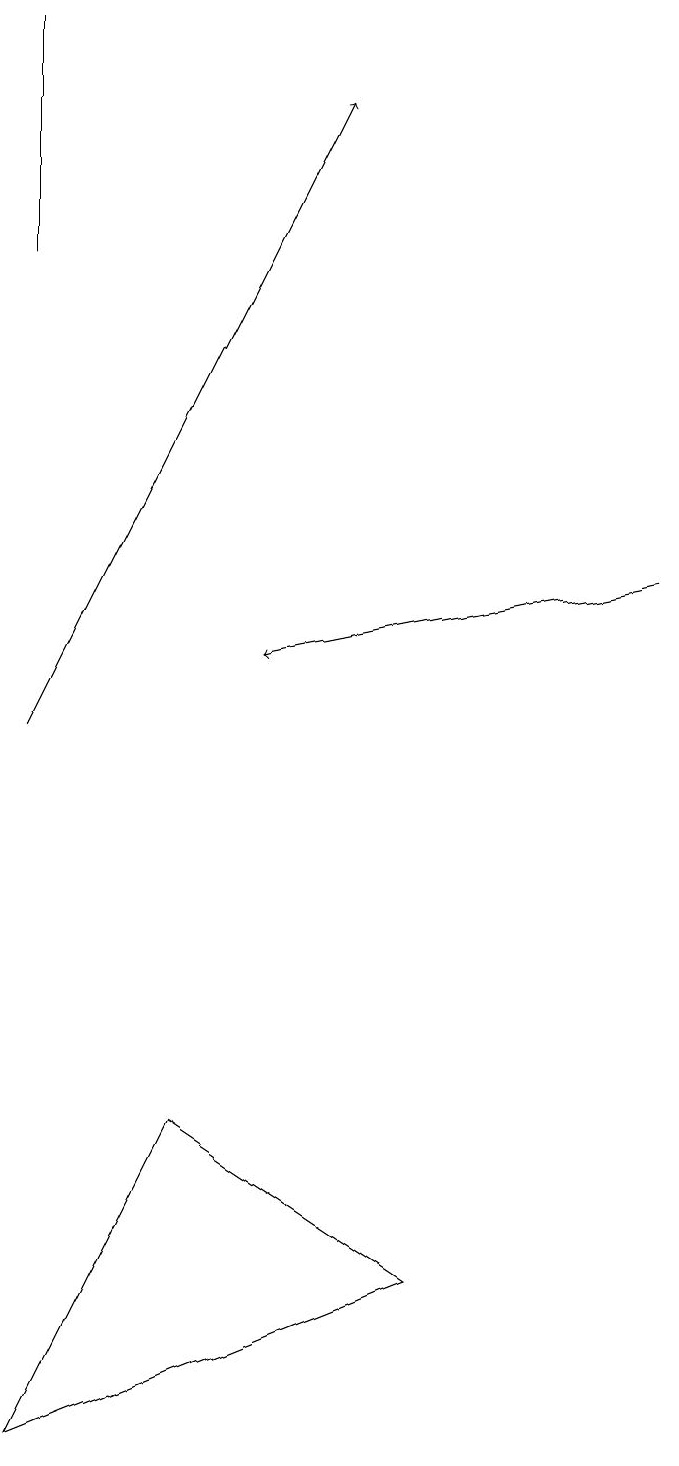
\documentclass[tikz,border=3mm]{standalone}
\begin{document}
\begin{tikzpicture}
\draw[->] (8,12) -- (3,11);
\draw (0,16) rectangle (0,19);
\draw[->] (0,10) -- (4,18);
\draw (5,3) -- (2,5) -- (0,1) -- cycle;
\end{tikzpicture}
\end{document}